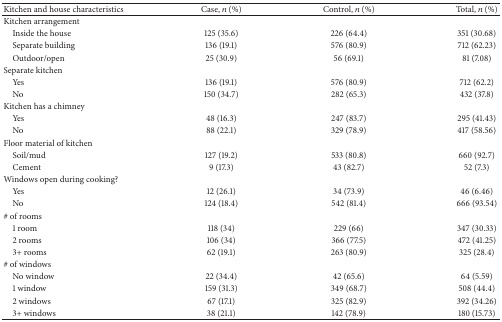
| Kitchen and house characteristics | Case, n (%) | Control, n (%) | Total, n (%) |
 | --- | --- | --- | --- |
 | Kitchen arrangement |  |  |  |
 | Inside the house | 125 (35.6) | 226 (64.4) | 351 (30.68) |
 | Separate building | 136 (19.1) | 576 (80.9) | 712 (62.23) |
 | Outdoor/open | 25 (30.9) | 56 (69.1) | 81 (7.08) |
 | Separate kitchen |  |  |  |
 | Yes | 136 (19.1) | 576 (80.9) | 712 (62.2) |
 | No | 150 (34.7) | 282 (65.3) | 432 (37.8) |
 | Kitchen has a chimney |  |  |  |
 | Yes | 48 (16.3) | 247 (83.7) | 295 (41.43) |
 | No | 88 (22.1) | 329 (78.9) | 417 (58.56) |
 | Floor material of kitchen |  |  |  |
 | Soil/mud | 127 (19.2) | 533 (80.8) | 660 (92.7) |
 | Cement | 9 (17.3) | 43 (82.7) | 52 (7.3) |
 | Windows open during cooking? |  |  |  |
 | Yes | 12 (26.1) | 34 (73.9) | 46 (6.46) |
 | No | 124 (18.4) | 542 (81.4) | 666 (93.54) |
 | # of rooms |  |  |  |
 | 1 room | 118 (34) | 229 (66) | 347 (30.33) |
 | 2 rooms | 106 (34) | 366 (77.5) | 472 (41.25) |
 | 3+ rooms | 62 (19.1) | 263 (80.9) | 325 (28.4) |
 | # of windows |  |  |  |
 | No window | 22 (34.4) | 42 (65.6) | 64 (5.59) |
 | 1 window | 159 (31.3) | 349 (68.7) | 508 (44.4) |
 | 2 windows | 67 (17.1) | 325 (82.9) | 392 (34.26) |
 | 3+ windows | 38 (21.1) | 142 (78.9) | 180 (15.73) |